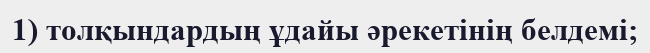
1) толқындардың ұдайы әрекетінің белдемі;